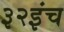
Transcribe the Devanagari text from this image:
३२इंच